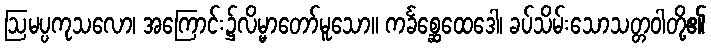
ဩမပ္ပကုသလော၊ အကြောင်း၌လိမ္မာတော်မူသော။ ကင်္ခစ္ဆေထေဒေါ၊ ခပ်သိမ်းသောသတ္တဝါတို့၏